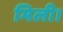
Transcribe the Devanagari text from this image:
मिली।